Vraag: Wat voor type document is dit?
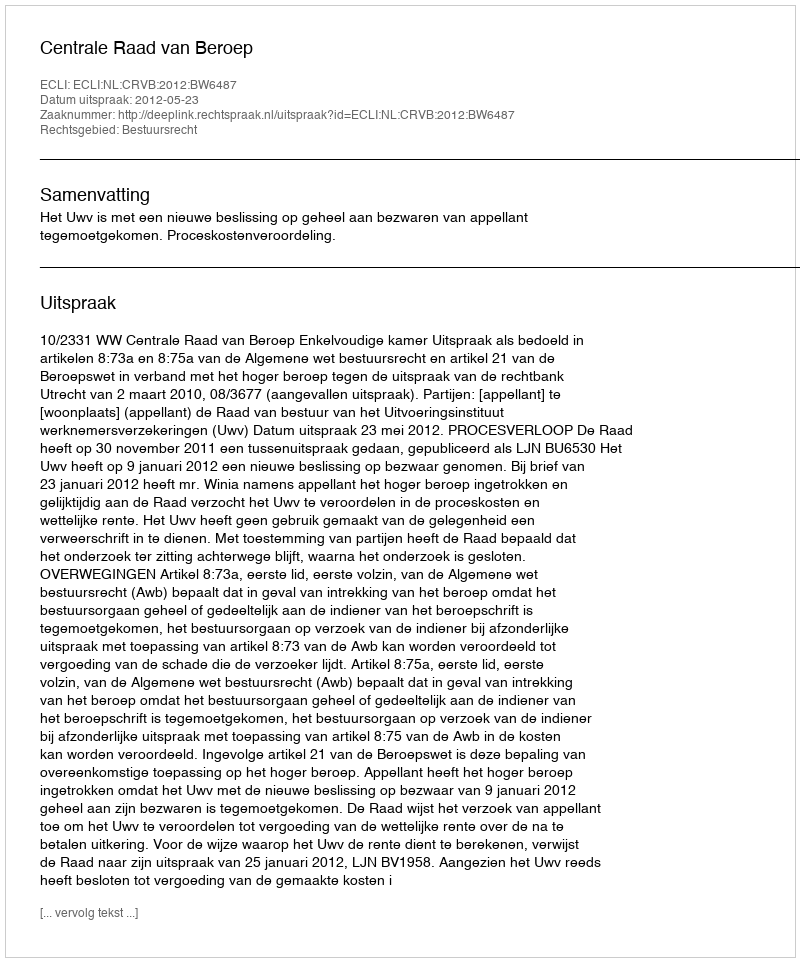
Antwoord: Uitspraak